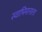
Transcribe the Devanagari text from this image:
स्वाभिमानाला